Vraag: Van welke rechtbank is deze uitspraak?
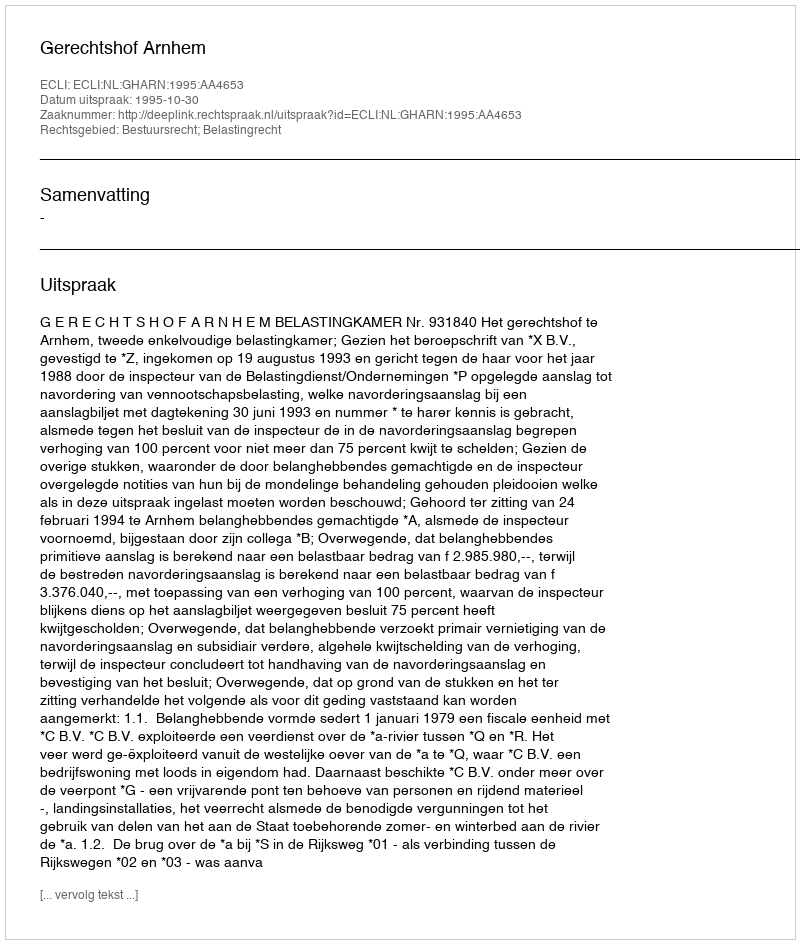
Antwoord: Gerechtshof Arnhem